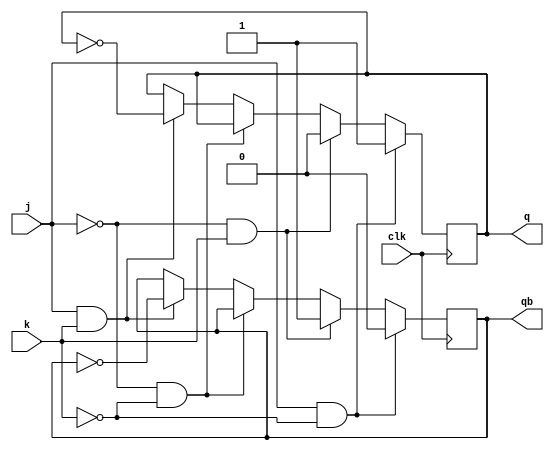
module jkff(j,k,q,qb,clk);
  input j,k,clk;
  output reg q, qb;
  always @(negedge clk)
  begin
    if (j==1 && k==0) begin q=1; qb=0; end
    else if (j==0 && k==1) begin q=0; qb=1; end
    else if (j==0 && k==0) begin q<=q; qb<=qb; end
    else if (j==1 && k==1) begin q<=~q; qb<=~qb; end
  end
endmodule